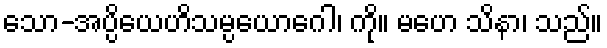
သော-အပ္ပိယေဟိသမ္ပယောဂေါ၊ ကို။ မဟေ သိနာ၊ သည်။